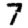
Digit: 7